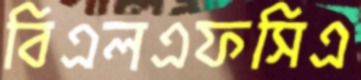
বিএলএফসিএ